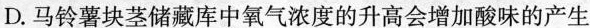
D.马铃薯块茎储藏库中氧气浓度的升高会增加酸味的产生